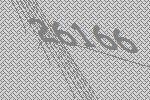
26166